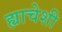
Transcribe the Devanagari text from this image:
ह्याचेशी